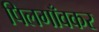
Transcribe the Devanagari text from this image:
पिलगाँवकर